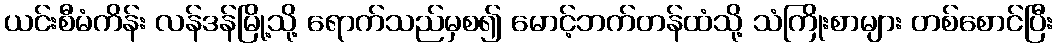
ယင်းစီမံကိန်း လန်ဒန်မြို့သို့ ရောက်သည်မှစ၍ မောင့်ဘက်တန်ထံသို့ သံကြိုးစာများ တစ်စောင်ပြီး